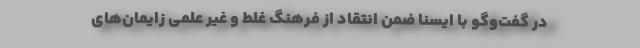
در گفت‌وگو با ایسنا ضمن انتقاد از فرهنگ غلط و غیر علمی زایمان‌های